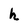
Character: h